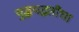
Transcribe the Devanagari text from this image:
युद्धपद्धतींचा